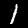
Label: 1